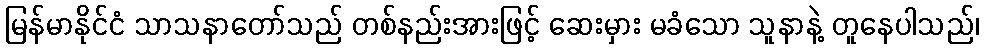
မြန်မာနိုင်ငံ သာသနာတော်သည် တစ်နည်းအားဖြင့် ဆေးမှား မခံသော သူနာနဲ့ တူနေပါသည်၊